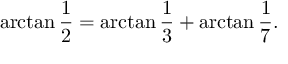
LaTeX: \arctan { \frac { 1 } { 2 } } = \arctan { \frac { 1 } { 3 } } + \arctan { \frac { 1 } { 7 } } .